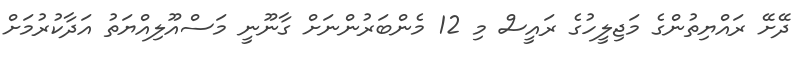
ދޭށޭ ރައްޔިތުންގެ މަޖިލީހުގެ ރައީސް މި 12 މެންބަރުންނަށް ގާނޫނީ މަސްއޫލިއްޔަތު އަދާކުރުމަށް